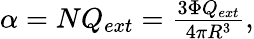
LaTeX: \begin{array}{r}{\alpha=NQ_{ext}=\frac{3\Phi Q_{ext}}{4\pi R^{3}},}\end{array}